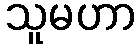
သူမဟာ